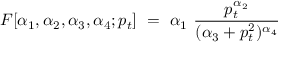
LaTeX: F [ { \alpha } _ { 1 } , { \alpha } _ { 2 } , { \alpha } _ { 3 } , { \alpha } _ { 4 } ; p _ { t } ] \ = \ { \alpha } _ { 1 } \ \frac { p _ { t } ^ { { \alpha } _ { 2 } } } { ( { \alpha } _ { 3 } + p _ { t } ^ { 2 } ) ^ { { \alpha } _ { 4 } } }